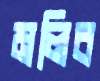
মলিব